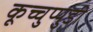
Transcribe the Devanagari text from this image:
कूच्चुप्पुडी